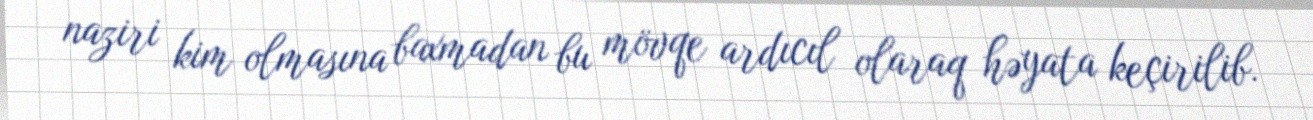
naziri kim olmasına baxmadan bu mövqe ardıcıl olaraq həyata keçirilib.